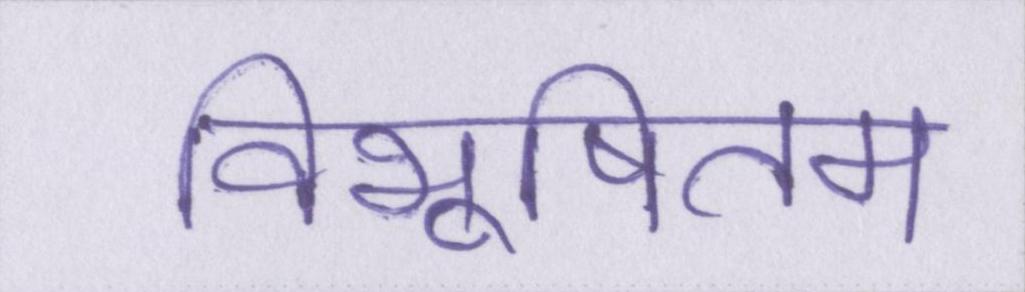
विभूषितम